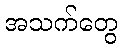
အသက်တွေ